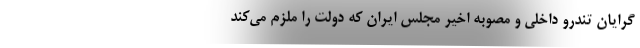
گرایان تندرو داخلی و مصوبه اخیر مجلس ایران که دولت را ملزم می‌کند